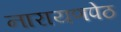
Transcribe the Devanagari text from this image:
नारायणपेठ